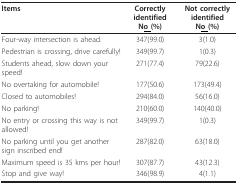
<table><thead><tr><td><b>Items</b></td><td><b>Correctly identifiedN<underline>o </underline>(%)</b></td><td><b>Not correctly identifiedN<underline>o </underline>(%)</b></td></tr></thead><tbody><tr><td>Four-way intersection is ahead.</td><td>347(99.0)</td><td>3(1.0)</td></tr><tr><td>Pedestrian is crossing, drive carefully!</td><td>349(99.7)</td><td>1(0.3)</td></tr><tr><td>Students ahead, slow down your speed!</td><td>271(77.4)</td><td>79(22.6)</td></tr><tr><td>No overtaking for automobile!</td><td>177(50.6)</td><td>173(49.4)</td></tr><tr><td>Closed to automobiles!</td><td>294(84.0)</td><td>56(16.0)</td></tr><tr><td>No parking!</td><td>210(60.0)</td><td>140(40.0)</td></tr><tr><td>No entry or crossing this way is not allowed!</td><td>349(99.7)</td><td>1(0.3)</td></tr><tr><td>No parking until you get another sign inscribed end!</td><td>287(82.0)</td><td>63(18.0)</td></tr><tr><td>Maximum speed is 35 kms per hour!</td><td>307(87.7)</td><td>43(12.3)</td></tr><tr><td>Stop and give way!</td><td>346(98.9)</td><td>4(1.1)</td></tr></tbody></table>